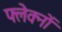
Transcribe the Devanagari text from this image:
फ्लेक्नों